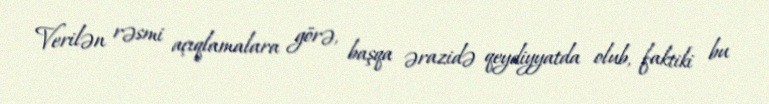
Verilən rəsmi açıqlamalara görə, başqa ərazidə qeydiyyatda olub, faktiki bu